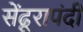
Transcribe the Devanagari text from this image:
सेंढूरापंदी